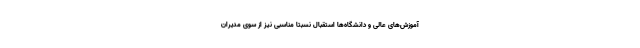
آموزش‌های عالی و دانشگاه‌ها استقبال نسبتا مناسبی نیز از سوی مدیران